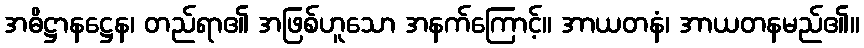
အဓိဋ္ဌာနဋ္ဌေန၊ တည်ရာ၏ အဖြစ်ဟူသော အနက်ကြောင့်။ အာယတနံ၊ အာယတနမည်၏။